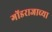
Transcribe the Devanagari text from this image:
गोंडराजाच्या